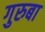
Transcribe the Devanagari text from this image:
गुरुबा